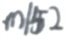
m \vert 5 2